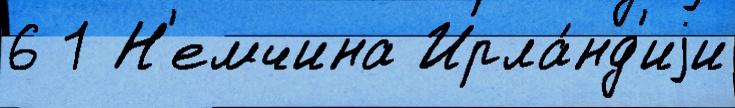
6 1 Н'емчина Ирла́нд'иjи